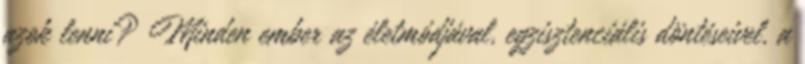
azok lenni? Minden ember az életmódjával, egzisztenciális döntéseivel, a